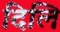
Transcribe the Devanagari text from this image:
दिलि